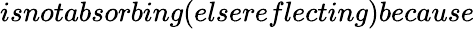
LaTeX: isnotabsorbing(elsereflecting)because